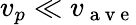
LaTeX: v_{p}\ll v_{\mathrm{~a~v~e~}}